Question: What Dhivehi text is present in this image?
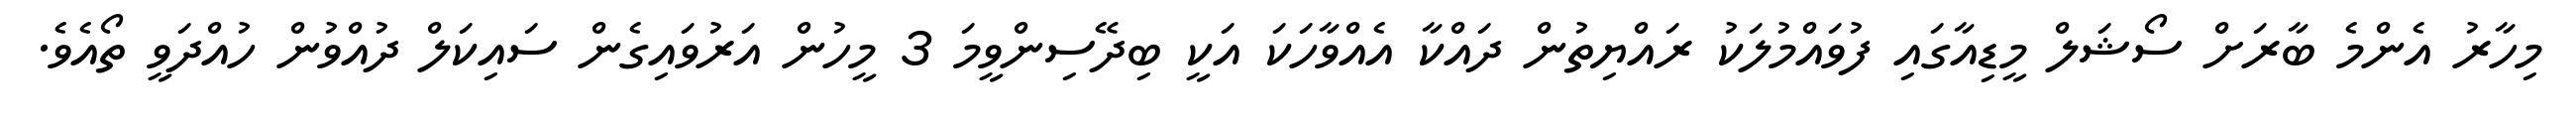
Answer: މިހާރު އެންމެ ބާރަށް ސޯޝަލް މީޑިއާގައި ފުވައްމުލަކު ރައްޔިތުން ދައްކާ އެއްވާހަކަ އަކީ ބިދޭސިންވީމަ 3 މީހުން އަރުވައިގެން ސައިކަލް ދުއްވުން ހުއްދަވީ ތޯއެވެ.